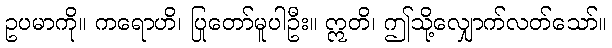
ဥပမာကို။ ကရောဟိ၊ ပြုတော်မူပါဦး။ ဣတိ၊ ဤသို့လျှောက်လတ်သော်။